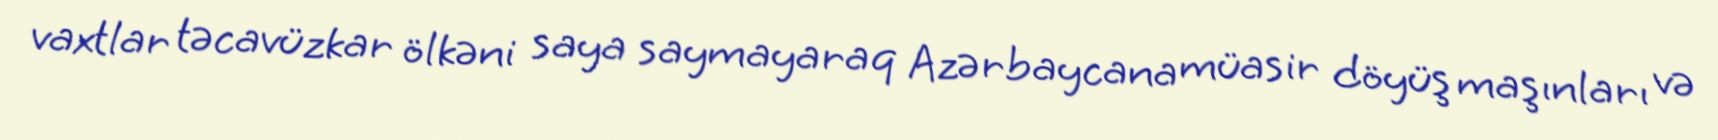
vaxtlar təcavüzkar ölkəni saya saymayaraq Azərbaycana müasir döyüş maşınları və